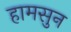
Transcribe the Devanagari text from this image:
हामसुन